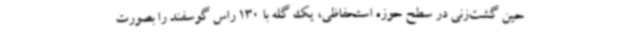
حین گشت‌زنی در سطح حوزه استحفاظی، یک گله با 130 راس گوسفند را بصورت